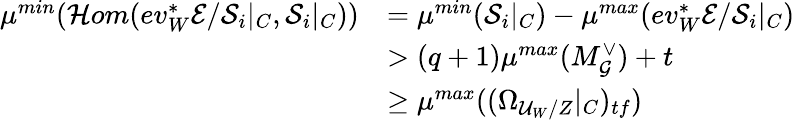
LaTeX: \begin{array}{rl}{\mu^{min}(\mathcal{H}om(ev_{W}^{*}\mathcal{E}/\mathcal{S}_{i}|_{C},\mathcal S_{i}|_{C}))}&{=\mu^{min}(\mathcal{S}_{i}|_{C})-\mu^{max}(ev_{W}^{*}\mathcal{E}/\mathcal{S}_{i}|_{C})}\\ &{>(q+1)\mu^{max}(M_{\mathcal{G}}^{\vee})+t}\\ &{\geq\mu^{max}((\Omega_{\mathcal{U}_{W}/Z}|_{C})_{tf})}\end{array}